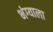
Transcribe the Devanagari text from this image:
भंग्याला